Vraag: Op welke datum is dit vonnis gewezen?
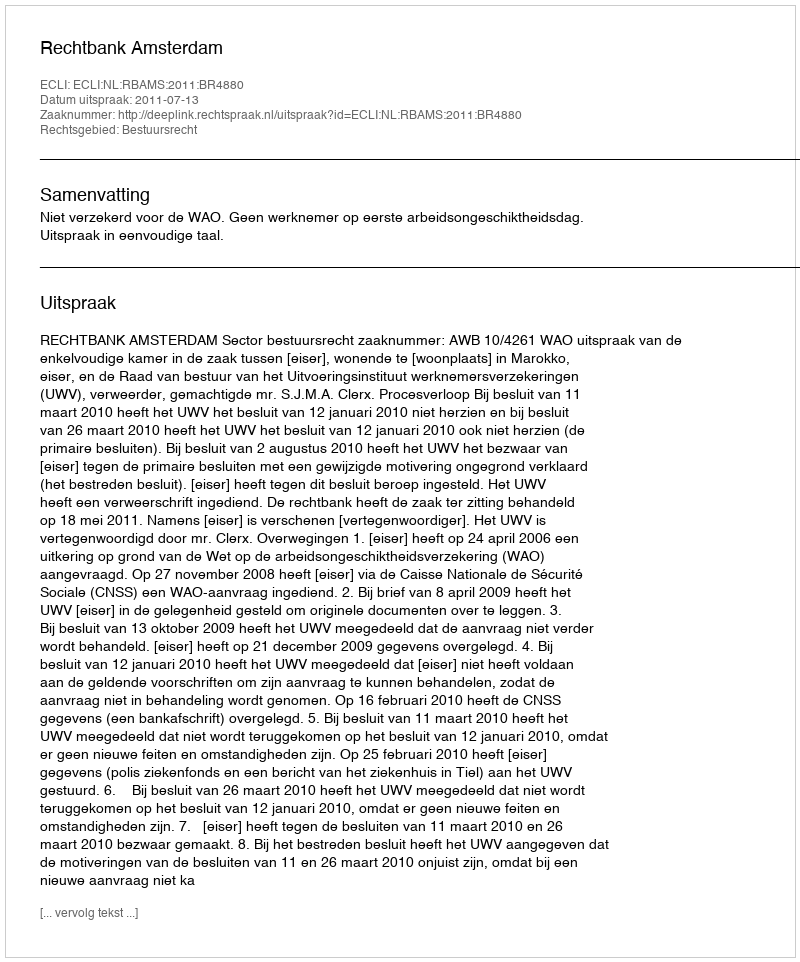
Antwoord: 2011-07-13